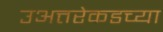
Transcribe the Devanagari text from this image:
उअत्तरेकडच्या